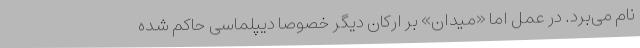
نام می‌برد. در عمل اما «میدان» بر ارکان دیگر خصوصا دیپلماسی حاکم شده